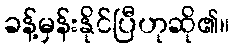
ခန့်မှန်းနိုင်ပြီဟုဆို၏။